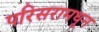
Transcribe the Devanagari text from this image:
परिसरामधून